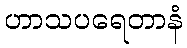
ဟာသပရေတာနံ